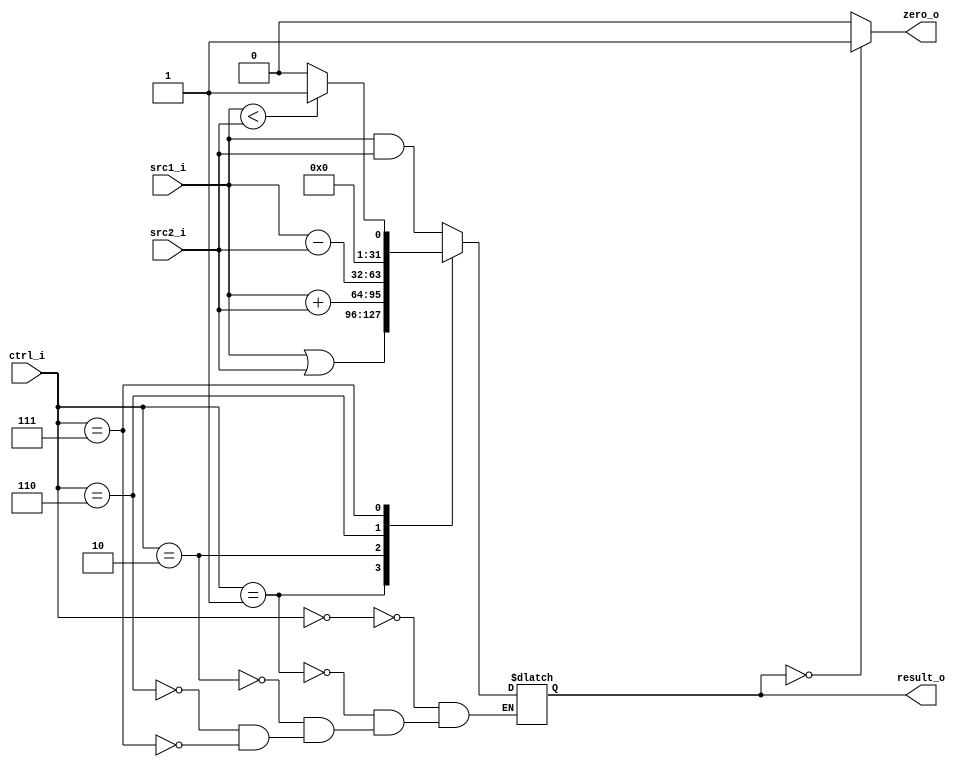
//Subject:     Architecture project 2 - ALU
//--------------------------------------------------------------------------------
//Version:     1
//--------------------------------------------------------------------------------
//Writer:      
//----------------------------------------------
//Date:        
//----------------------------------------------
//Description: 
//--------------------------------------------------------------------------------

module ALU(
    src1_i,
	src2_i,
	ctrl_i,
	result_o,
	zero_o
	);
     
//I/O ports
input  [32-1:0]  src1_i;
input  [32-1:0]	 src2_i;
input  [4-1:0]   ctrl_i;

output [32-1:0]	 result_o;
output           zero_o;

//Internal signals
reg    [32-1:0]  result_o;
wire             zero_o;

//Parameter

//Main function
always@(*)begin
	case(ctrl_i)
		4'b0000: begin		// AND
			result_o = src1_i & src2_i;
		end
		
		4'b0001: begin		// OR
			result_o = src1_i | src2_i;
		end
		
		4'b0010: begin		// add
			result_o = src1_i + src2_i;
		end
		
		4'b0110: begin		// subtract
			result_o = src1_i - src2_i;
		end
		
		4'b0111: begin		// slt
			if(src1_i < src2_i)begin
				result_o = 32'd1;
			end else begin
				result_o = 32'd0;
			end
		end
	endcase
end

assign zero_o = (result_o == 0)?1:0;

endmodule